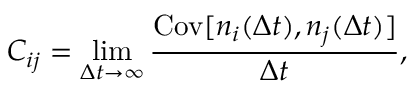
C _ { i j } = \operatorname* { l i m } _ { \Delta t \to \infty } \frac { \mathrm { C o v } [ n _ { i } ( \Delta t ) , n _ { j } ( \Delta t ) ] } { \Delta t } ,